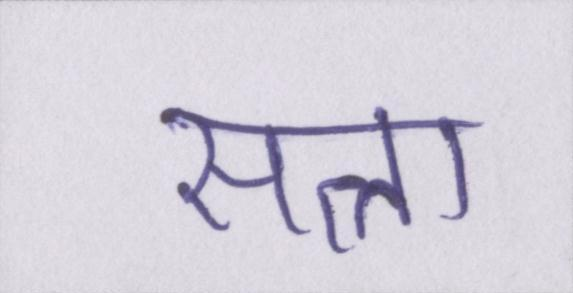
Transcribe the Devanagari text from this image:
सत्ता